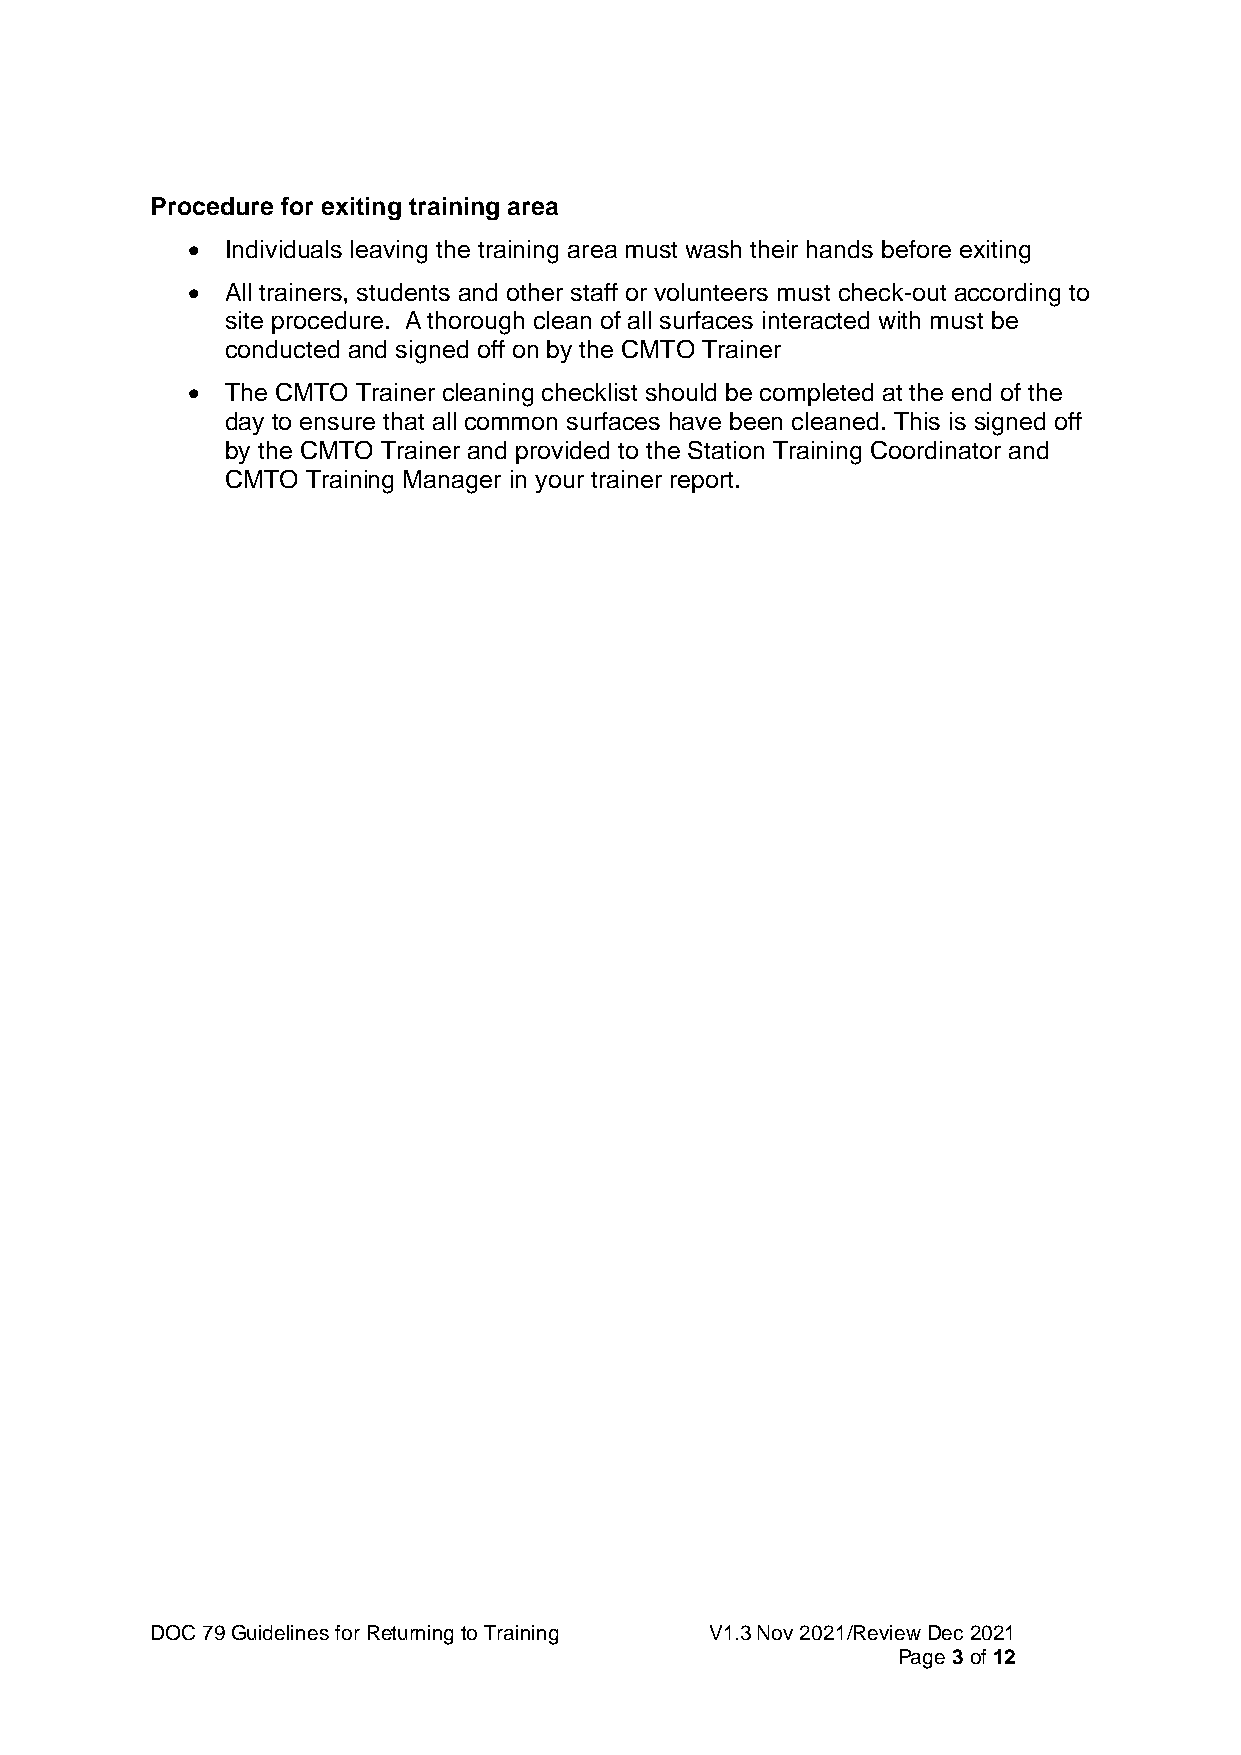
Procedure for exiting training area
 •  Individuals leaving the training area must wash their hands before exiting
 •  All trainers, students and other staff or volunteers must check-out according to
 site procedure. A thorough clean of all surfaces interacted with must be
 conducted and signed off on by the CMTO Trainer
 •  The CMTO Trainer cleaning checklist should be completed at the end of the
 day to ensure that all common surfaces have been cleaned. This is signed off
 by the CMTO Trainer and provided to the Station Training Coordinator and
 CMTO Training Manager in your trainer report.
 DOC 79 Guidelines for Returning to Training V1.3 Nov 2021/Review Dec 2021
 Page 3 of 12